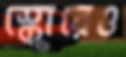
স্কোরেও